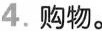
4.购物。